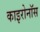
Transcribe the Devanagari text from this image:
काइरोनॉस